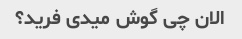
الان چی گوش میدی فرید؟